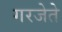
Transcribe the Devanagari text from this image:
गरजेते